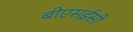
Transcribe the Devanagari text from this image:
बीएसईसी